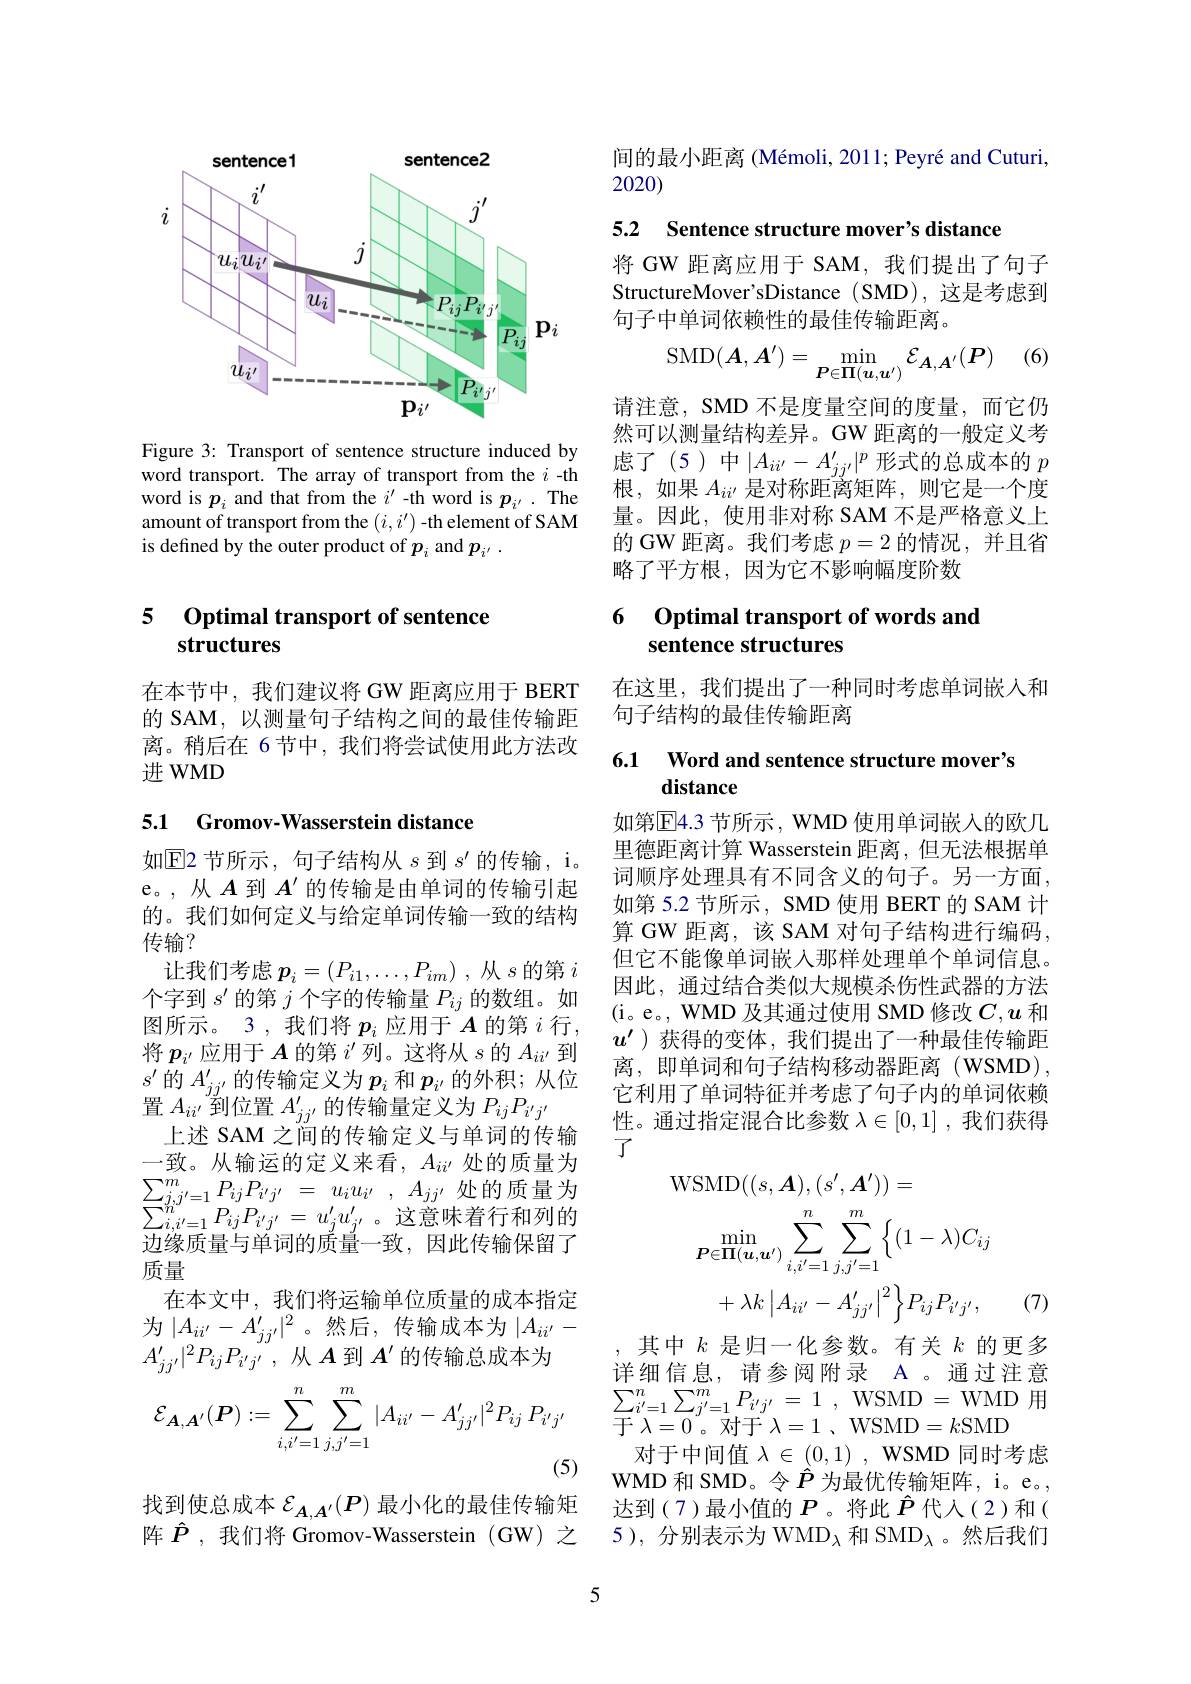
<FigureHere>

Figure 3: Transport of sentence structure induced by word transport. The array of transport from the $i$ -th word is $p_i$ and that from the $i^\prime$ -th word is $p_{i^{\prime}}.$ The amount of transport from the $(i,i^\prime)$ -th element of SAM is defined by the outer product of $p_i$ and $p_{i^{\prime}}.$

### 5 Optimal transport of sentence structures

在本节中，我们建议将 GW 距离应用于 BERT 的 SAM, 以测量句子结构之间的最佳传输距离。稍后在 6 节中，我们将尝试使用此方法改进 WMD

### 5.1 Gromov-Wasserstein distance

如$\operatorname{E\text{2 节所示，句子结构从 }s\text{ 到 }s^{\prime}\text{ 的传输 },~i。}$ e。,从$A$到$A^\prime$的传输是由单词的传输引起的。我们如何定义与给定单词传输一致的结构传输？
让我们考虑$p_i= ( P_{i1}, \ldots , P_{im})$ ,从$s$的第$i$ 个字到$s^{\prime}$的第$j$个字的传输量$P_{ij}$的数组。如图所示。3 ,我们将$p_i$应用于$A$的第$i$行， 将$p_{i^{\prime}}$应用于$\boldsymbol{A}$ 的 第 $i^{\prime }$列。这将从$s$的$A_ii^{\prime}$到$s^{\prime}$的$A_jj^{\prime}$的传输定义为$p_i$ 和$p_i^{\prime}$的外积；从位置$A_{ii^{\prime}}$到位置$A_jj^{\prime}$的传输量定义为$P_ijP_{i^{\prime}j^{\prime}}$
上述 SAM 之间的传输定义与单词的传输一致。从输运的定义来看，$A_ii^{\prime}$处的质量为$\begin{array}{l}{\sum_{j,j^{\prime}=1}^{m}P_{ij}P_{i^{\prime}j^{\prime}}\:=\:u_{i}u_{i^{\prime}}\:,\:A_{jj^{\prime}}\:\text{处的质量为}}\\{\sum_{i,i^{\prime}=1}^{n}P_{ij}P_{i^{\prime}j^{\prime}}\:=\:u_{j}^{\prime}u_{j^{\prime}}^{\prime}\:。这意味着行和列的}\\{\text{出组任旦上阶词的年昌}}\:\text{故田此在给旧邸了}\end{array}$ 边缘质量与单词的质量一致，因此传输保留了质量
在本文中，我们将运输单位质量的成本指定为$|A_{ii^{\prime}}-A_{jj^{\prime}}^{\prime}|^2$。然后，传输成本为$|A_ii^{\prime}-$ $A_{jj^{\prime}}^{\prime}|^2P_{ij}P_{i^{\prime}j^{\prime}}$,从$A$到$A^\prime$的传输总成本为
$$\mathcal{E}_{\boldsymbol{A},\boldsymbol{A}'}(\boldsymbol{P}):=\sum_{i,i'=1}^{n}\sum_{j,j'=1}^{m}|A_{ii'}-A_{jj'}'|^{2}P_{ij}\:P_{i'j'}$$
(5)
找到使总成本$\mathcal{E}_{A,A^{\prime}}(P)$最小化的最佳传输矩

阵$\hat{P}$,我们将 Gromov-Wasserstein (GW)之

5

间的最小距离 (Mémoli, 2011; Peyré and Cuturi,
2020)

5.2 Sentence structure mover's distance

将 GW 距离应用于 SAM,我们提出了句子StructureMover'sDistance (SMD), 这是考虑到句子中单词依赖性的最佳传输距离。
$$\mathrm{SMD}(\boldsymbol{A},\boldsymbol{A}')=\min_{\boldsymbol{P}\in\boldsymbol{\Pi}(\boldsymbol{u},\boldsymbol{u}')}\mathcal{E}_{\boldsymbol{A},\boldsymbol{A}'}(\boldsymbol{P})$$
请注意，SMD 不是度量空间的度量，而它仍然可以测量结构差异。GW 距离的一般定义考虑了(5)中$|A_ii^{\prime}-A_{jj^{\prime}}^{\prime}|^p$形式的总成本的$p$ 根，如果$A_{ii^{\prime}}$是对称距离矩阵，则它是一个度量。因此，使用非对称 SAM 不是严格意义上的 GW 距离。我们考虑$p=2$的情况，并且省略了平方根，因为它不影响幅度阶数

### 6 Optimal transport of words and sentence structures

在这里，我们提出了一种同时考虑单词嵌入和
句子结构的最佳传输距离

## 6.1 Word and sentence structure mover's distance

如第$\overline{\mathrm{E}}4.3$ 节所示，WMD 使用单词嵌入的欧几里德距离计算 Wasserstein 距离，但无法根据单词顺序处理具有不同含义的句子。另一方面， 如第 5.2 节所示，SMD 使用 BERT 的 SAM 计算 GW 距离，该 SAM 对句子结构进行编码， 但它不能像单词嵌入那样处理单个单词信息。因此，通过结合类似大规模杀伤性武器的方法(i。e。, WMD 及其通过使用 SMD 修改$C,\boldsymbol{u}$和$u^{\prime}$ )获得的变体，我们提出了一种最佳传输距离，即单词和句子结构移动器距离(WSMD), 它利用了单词特征并考虑了句子内的单词依赖性。通过指定混合比参数$\lambda\in[0,1]$ ,我们获得$了$
$$\begin{aligned}&\mathrm{VOMD}((s,A),(s\:,A\:))=\\&\operatorname*{min}_{\boldsymbol{P}\in\boldsymbol{\Pi}(\boldsymbol{u},\boldsymbol{u}^{\prime})}\sum_{i,i^{\prime}=1}^{n}\sum_{j,j^{\prime}=1}^{m}\Big\{(1-\lambda)C_{ij}\\&+\lambda k\left|A_{ii^{\prime}}-A_{jj^{\prime}}^{\prime}\right|^{2}\Big\}P_{ij}P_{i^{\prime}j^{\prime}},\quad(7)\\\end{aligned}$$
其中$k$是归一化参数。有关$k$的更多详细信息，请参阅附录 A 。通过注意$\sum _{i^{\prime }= 1}^{n}\sum _{j^{\prime }= 1}^{m}P_{i^{\prime }j^{\prime }}= 1$ , WSMD=WMD 用于$\lambda=0$。对于$\lambda=1$ 、WSMD$=k$SMD
对于中间值$\lambda\in(0,1)$, WSMD 同时考虑WMD 和 SMD。令$\hat{P}$ 为最优传输矩阵，i。e。, 达到(7)最小值的$P$。将此$\hat{P}$代人(2)和( 5),分别表示为 WMD$_\lambda\text{和 SMD}_\lambda$。然后我们